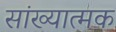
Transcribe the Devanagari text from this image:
सांख्यात्मक